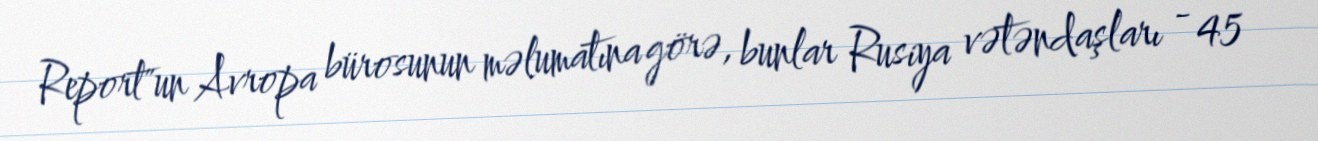
Report"un Avropa bürosunun məlumatına görə, bunlar Rusiya vətəndaşları - 45